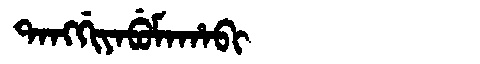
Manchu: ᡨᠠᠩᡤᡳᠶᠠᠪᡠᠮᠠᡥᠠᠪᡳ
Romanization: TANGGIYABUMAHABI